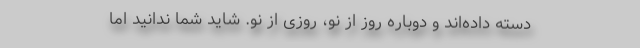
دسته داده‌اند و دوباره روز از نو، روزی از نو. شاید شما ندانید اما